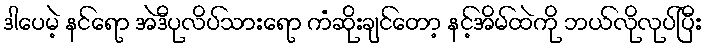
ဒါပေမဲ့ နင်ရော အဲဒီပုလိပ်သားရော ကံဆိုးချင်တော့ နင့်အိမ်ထဲကို ဘယ်လိုလုပ်ပြီး